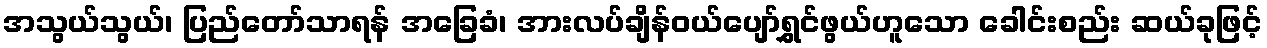
အသွယ်သွယ်၊ ပြည်တော်သာရန် အခြေခံ၊ အားလပ်ချိန်ဝယ်ပျော်ရွှင်ဖွယ်ဟူသော ခေါင်းစည်း ဆယ်ခုဖြင့်